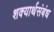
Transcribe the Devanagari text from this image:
शक्यार्थसंबंध